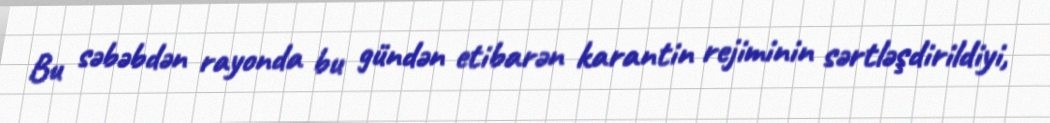
Bu səbəbdən rayonda bu gündən etibarən karantin rejiminin sərtləşdirildiyi,